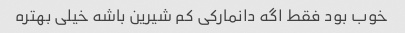
خوب بود فقط اگه دانمارکی کم شیرین باشه خیلی بهتره